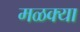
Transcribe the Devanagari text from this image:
मळक्या